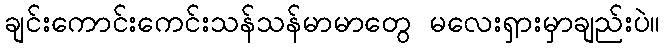
ချင်းကောင်းကေင်းသန်သန်မာမာတွေ မလေးရှားမှာချည်းပဲ။